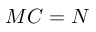
M C = N